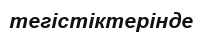
тегістіктерінде